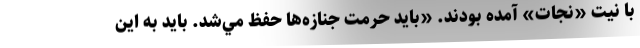
با نيت «نجات» آمده بودند. «بايد حرمت جنازه‌ها حفظ مي‌شد. بايد به اين